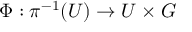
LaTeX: \Phi : \pi ^ { - 1 } ( U ) \to U \times G